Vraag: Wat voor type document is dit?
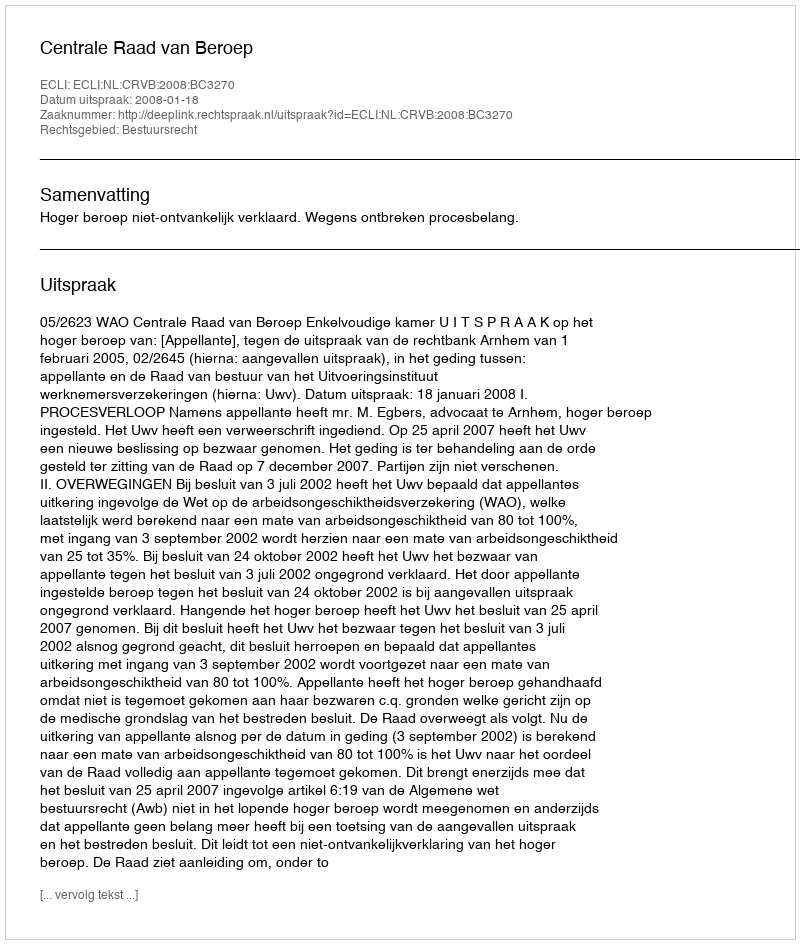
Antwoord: Uitspraak